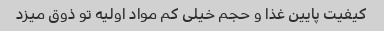
کیفیت پایین غذا و حجم خیلی کم مواد اولیه تو ذوق میزد